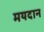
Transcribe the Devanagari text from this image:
मयदान